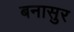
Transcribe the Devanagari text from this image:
बनासुर